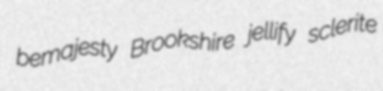
bemajesty Brookshire jellify sclerite